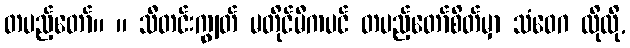
တပည့်တော်။ ။ သီတင်းကျွတ် မတိုင်မီကပင် တပည့်တော်စိတ်မှာ သံဝေဂ လိုလို,